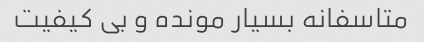
متاسفانه بسیار مونده و بی کیفیت